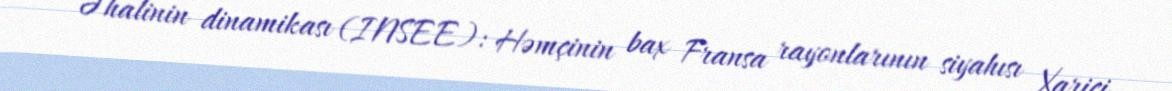
Əhalinin dinamikası (INSEE): Həmçinin bax Fransa rayonlarının siyahısı Xarici